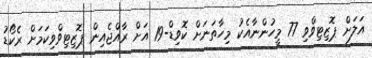
އަލަށް ޕޮޒިޓިވްވި 77 މީހުންނާއެކު މިހާތަނަށް ކޮވިޑް-19 އަށް ރާއްޖެއިން ޕޮޒިޓިވްވިކަމަށް ރެކޯޑު